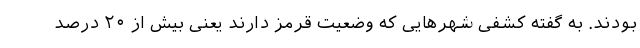
بودند. به گفته کشفی شهرهایی که وضعیت قرمز دارند یعنی بیش از ۲۰ درصد